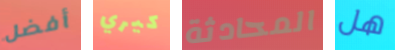
أفضل كيري المحادثة هل